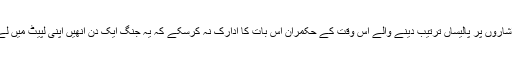
امریکی اشاروں پر پالیساں ترتیب دینے والے اس وقت کے حکمران اس بات کا ادارک نہ کرسکے کہ یہ جنگ ایک دن انھیں اپنی لپیٹ میں لے لی گی۔